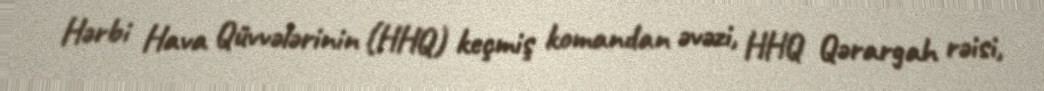
Hərbi Hava Qüvvələrinin (HHQ) keçmiş komandan əvəzi, HHQ Qərargah rəisi,